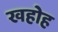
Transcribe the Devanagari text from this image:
खहोह